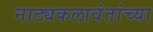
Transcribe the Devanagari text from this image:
नाट्यकलावंतांच्या